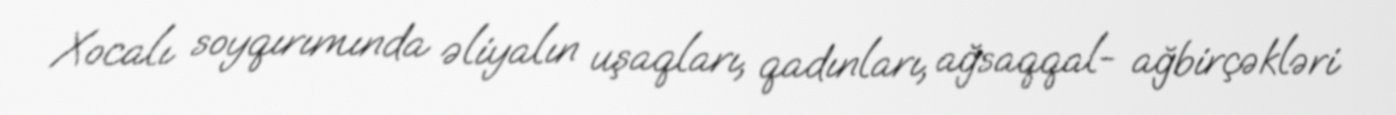
Xocalı soyqırımında əliyalın uşaqları, qadınları, ağsaqqal- ağbirçəkləri